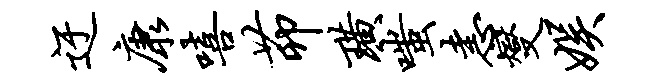
迂康嘻茆璜嗤恚燮娱